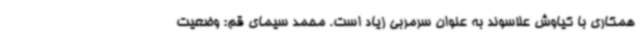
همکاری با کیاوش علاسوند به عنوان سرمربی زیاد است. محمد سیمای قم: وضعیت